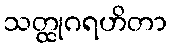
သတ္ထုဂရဟိတာ